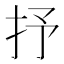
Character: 抒